Vital statistics of India. Vol. IV, Annual returns from 1871 to 1876. British Army of India, Native Army and jails of Bengal
Year: 1871
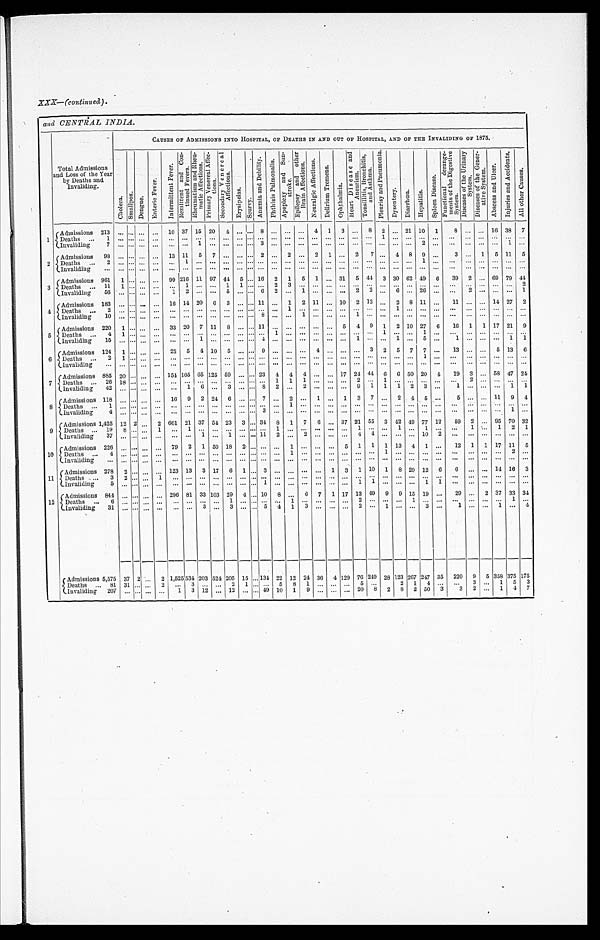
;-!
t*,
XXX—(continued).
and CENTRAL INDIA.
CAXSES OF ADMISSIONS INTO HOSPITAL, OF DEATHS IN AND OUT OF HOSPITAL, AND OF TOE INVALIDING OF 1875.
q
ci
CI
qi
ci
Total Admissions
and Loss of the Year
by Deaths and
Invaliding.
,
.
. -',.
c-,
t'
t
—
. ,-..1
C
, A
-° ' F'
8
4_,...
-F -f •
•
2- 1 `)
c'4. 9;
%)
—
"4
ii
t.' ,
0
,,
.
'''
g ".
' §.
,
.
.
.
..,f,
72
t
P
, -- 0
c
.2
-;::
g
2
•-• z
P.I
co
,
;t: 3
... 0
t,
-z; c„;
2,
—
"g . t)
c.:
,
-9. 4,-
''''
•
,..,
u3 9
c.'
,,-
, '
•
.
• ' "4
0
.°-
F...
_
'–' C
cri
.,..,
-,-.1
-6 c-:
O
•
.''
.
"a'
0
8 a
.,
'' .
. . „74
.
.
g2 3
g
.r.n
G)
1-1 P
c., . -.
: 1 4
— '
',:i .
,t .
,..`-41
_ -,-, FJ
i'
a
c:5)
0
-.Z. .' „
,— c;5'
4
t i
5
rg
ai
Yi
,..
cl '
-,,
g
z
d
ii
c.
g
f:
it•
I'
c?
E
- " '''
F..,;--
-.; . F].
;. .. .
6]
s
r?- 3
,
ud...F. :
P.--
7. 4 .5. ,:- 1
:'g,
F.
'
," ,;?
r - , , "
' E, ' g
. , . . .
_, _,
..
.z. '
4
0 ,,.
. . ?. ?. 1 Z E
0
.c7Y
2
0
. P
'
c,, '
g„ '
r7
..?.
''
'
8
.,.
U c,1 4
;:'
.te
.-,
g
=-4.
,t4
-,
,
P'.i
u,
g
i -‹
t, V 4.,
,q
:t'
z
:1
4
4
5
=5, 3'
74
g`-)
F th'
.it'
; c-, .
4
F.. ,
1-4(
%
- ,i'
-! %—t ::,
Ci g
Pr ."
&''4.
2
4
74'
I
Admissions 213
ZInvali ding
.., ...I ... ...
10 37 15 20
4 ... ... 8 ... ... ...
4
1
3 ...
8
2 ... 21 10
1
8 ... .., 16 38
7
Admissions
98 ... ... ... ...
13 11
5
7 ... ... ... 2 ...
2 ...
2
1 ...
2
7 ...
4 8 9
3 ...
1
5 11
5
2
Deaths
Invaliding .. . . . . . . . . .
Admissions 961
.
1 ... ._ .,.
99 216 11 97 44
5 ... 16
2
1
5
1 _. 31
5 4
3 30 62 49
0
39
2 ... 69 79 41
Invaliding,
56 ... ... .., .„
1
2 ... •••
5 ... ... 6
2 ...
1 ... ... ...
2
2 ...
6 ... 26 ..,
•..
2 ... ... ...
1
Admissions 183 ... ... ... ...
16 14 20
6
3 ... ... 11 ...
1
2
11 ... 10
2 12 ...
2 8 11 ...
11 ... ... 14 27
2
Admissions 220
1
...
...
...
33 20
7 11
8 ... ... 11 ... ... ... ..
...
5
4 9
1
2 10 27
6
16
1
1 17 21
9
1
1
6
D
Admissions 124
eaths
1
...
...
...
25
5
4 10
5 ... ... 9 ... ... ...
4 ... ... ...
3
2
5 7
7 ...
13 ... ...
6
13
6
IllValidin ..
•••
g
••• ••• ..• •••
••• ••• ••• ..• ••• ••• ••• ••• ••• ... ••• ••• ••• ••• ••• ••• ... ... ..• ••• ..•
•..
••• ... ••• ... •..
7
Admissions 885
Deaths
26
20 ... .., .., 151 105 65 125 59 ... ... 23
4
4
4 ... ... 17 24 44 6
6 50 20 4
19
3 ... 58 47 21
Invaliding
42
18
.., ... .., ..,
...
1
6 ...
3 ... ...
..
8
1
2
1
...
1 2 ... ... ...
9
1
1
1
2
3 ..,
Admissions 118 ... ... ... ...
16
9
2 2-1
6 ... ... 7 ...
2 ...
1 ...
1
3
7 ...
2
4
5 ...
6 ... ... 11
9
4
•
•••
— ••• ••• ••• •••
9
tAdmissions 1,425
Deaths ... 19
12
8 ...
2 ...
•..
2
1
661
...
21
1
37
...
54
...
23
3 •.. 31
8
1
7
6 ... 37 21 55
3 42 49 77 12
59 2 ... 95 70 32
Invaliding
37 .., ... .„ ...
... ...
1 ...
10
Admissions 226
-{Deaths ...
4
,,, ... ... ..,
79
2
1
50 18
2 ... ... ...
1 ... ... ...
5
1
1
1 13
4
1 ...
12
1
1 17 11
5
11
Admissions 278
-{
Deaths ...
3
2 ...
2 ... •
.,
._
...
1
123
—.
13
...
3
...
17
...
6
...
1 ...
... ...
3
...
...
...
...
...
•.. ...
...
1
...
3
...
1
...
10
—
1
—
8
•••
29
—
12
...
6
..•
6
—
•..
...
...
•••
14
—
16
—
3
•••
Invaliding
. . .
. . . . . . . . . . . . . . .
Admissions 841
Admissions 5,575
.., ...
37
...
2 '...
...
2
296 81
531
33
203
103 29
4 •••
15 .
10
8 ..,
6
7
1 17 13 49
9
28
9
123
15
267
19
247
...
35
29
220
...
9
2
5
37
358
33
375
34
175
1,525
524 205
.. 131 22 12 24 36
4 129 76 249
Deaths ... 81
1
31 ... ...
2
...
3 ... ...
2
1 ... ...
5
8
1 ._ ... ...
5 ...
2
1
4 ...
...
3 ...
1
5
3
Invaliding
207 .. ... ... ... . ..
1
3 12 ... 12 ... ._ 49 10
1
9 .., ... ... 20 8
2
8 2 50
3
3
2 ...
1
4 7